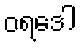
ဝရဒေါ